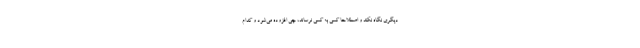
دیگری نگاه نکند و اصطلاحاً کسی به کسی نرساند، چی افزوده می‌شود و کدام